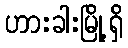
ဟားခါးမြို့ရှိ